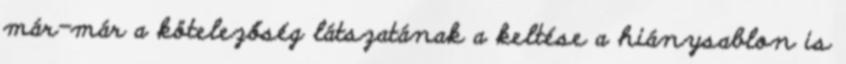
már-már a kötelezőség látszatának a keltése a hiánysablon is